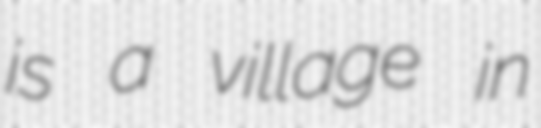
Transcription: is a village in